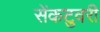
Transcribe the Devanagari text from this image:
सेंकटुवरी